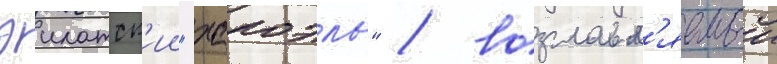
эилатск'ии "хапоэль" / возглавл'яемыи